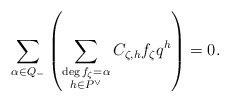
\begin{align*}\sum_{\alpha\in Q_-} \left(\sum_{\substack{\deg f_\zeta = \alpha \\ h\in P^\vee}} C_{\zeta, h} f_\zeta q^h\right) = 0.\end{align*}